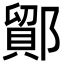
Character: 鄮